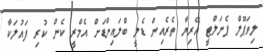
ލިވަޕޫލް ޕެނަލްޓީ އޭރިޔާ ތެރެއިން ޑެލީ ބްލައިންޑަށް އެމްރީ ކެން ކުރި ފައުލަކާ